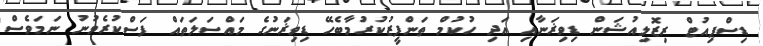
ޑިސްޕިއުޓް ރިޒޮލިއުޝަން ޑިވިޜަނާއި އަދި ހުކުމް ތަންފީޒުކުރުމާބެހޭ ޑިވިޜަނުގެ މައްސަލަތައް ފަސްކުރެވުނު ނަމަވެސް